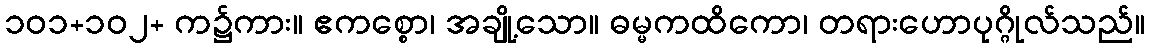
၁၀၁+၁၀၂+ က၌ကား။ ဧကစ္စော၊ အချို့သော။ ဓမ္မကထိကော၊ တရားဟောပုဂ္ဂိုလ်သည်။